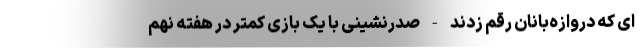
ای که دروازه‌بانان رقم زدند - صدرنشینی با یک بازی کمتر در هفته نهم